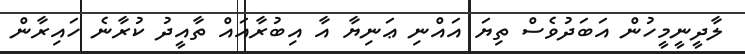
ލާދީނީމީހުން އަބަދުވެސް ތިޔަ އައްނި ޢަނިޔާ އާ އިބުރާއައް ތާއީދު ކުރާނެ ހައިރާން